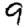
Digit: 9